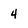
Character: 4